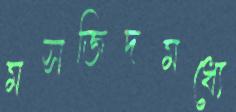
মসজিদমধ্যে